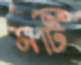
মটি